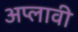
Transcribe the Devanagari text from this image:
अप्लावी